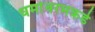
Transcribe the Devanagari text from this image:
धर्मावरमकडे